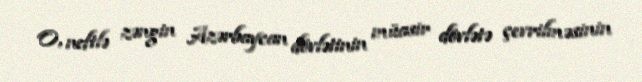
O, neftlə zəngin Azərbaycan dövlətinin müasir dövlətə çevrilməsinin